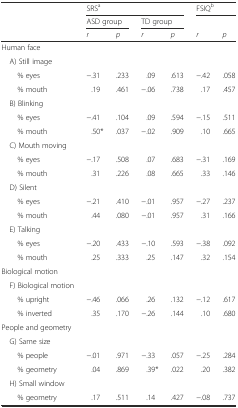
<table><thead><tr><td></td><td colspan="4"><b>SRS<sup>a</sup></b></td><td colspan="2"><b>FSIQ<sup>b</sup></b></td></tr><tr><td></td><td colspan="2"><b>ASD group</b></td><td colspan="2"><b>TD group</b></td><td></td><td></td></tr><tr><td></td><td><b><i>r</i></b></td><td><b><i>p</i></b></td><td><b><i>r</i></b></td><td><b><i>p</i></b></td><td><b><i>r</i></b></td><td><b><i>p</i></b></td></tr></thead><tbody><tr><td>Human face</td><td></td><td></td><td></td><td></td><td></td><td></td></tr><tr><td> A) Still image</td><td></td><td></td><td></td><td></td><td></td><td></td></tr><tr><td>% eyes</td><td>−.31</td><td>.233</td><td>.09</td><td>.613</td><td>−.42</td><td>.058</td></tr><tr><td>% mouth</td><td>.19</td><td>.461</td><td>−.06</td><td>.738</td><td>.17</td><td>.457</td></tr><tr><td> B) Blinking</td><td></td><td></td><td></td><td></td><td></td><td></td></tr><tr><td>% eyes</td><td>−.41</td><td>.104</td><td>.09</td><td>.594</td><td>−.15</td><td>.511</td></tr><tr><td>% mouth</td><td>.50*</td><td>.037</td><td>−.02</td><td>.909</td><td>.10</td><td>.665</td></tr><tr><td> C) Mouth moving</td><td></td><td></td><td></td><td></td><td></td><td></td></tr><tr><td>% eyes</td><td>−.17</td><td>.508</td><td>.07</td><td>.683</td><td>−.31</td><td>.169</td></tr><tr><td>% mouth</td><td>.31</td><td>.226</td><td>.08</td><td>.665</td><td>.33</td><td>.146</td></tr><tr><td> D) Silent</td><td></td><td></td><td></td><td></td><td></td><td></td></tr><tr><td>% eyes</td><td>−.21</td><td>.410</td><td>−.01</td><td>.957</td><td>−.27</td><td>.237</td></tr><tr><td>% mouth</td><td>.44</td><td>.080</td><td>−.01</td><td>.957</td><td>.31</td><td>.166</td></tr><tr><td> E) Talking</td><td></td><td></td><td></td><td></td><td></td><td></td></tr><tr><td>% eyes</td><td>−.20</td><td>.433</td><td>−.10</td><td>.593</td><td>−.38</td><td>.092</td></tr><tr><td>% mouth</td><td>.25</td><td>.333</td><td>.25</td><td>.147</td><td>.32</td><td>.154</td></tr><tr><td>Biological motion</td><td></td><td></td><td></td><td></td><td></td><td></td></tr><tr><td> F) Biological motion</td><td></td><td></td><td></td><td></td><td></td><td></td></tr><tr><td>% upright</td><td>−.46</td><td>.066</td><td>.26</td><td>.132</td><td>−.12</td><td>.617</td></tr><tr><td>% inverted</td><td>.35</td><td>.170</td><td>−.26</td><td>.144</td><td>.10</td><td>.680</td></tr><tr><td>People and geometry</td><td></td><td></td><td></td><td></td><td></td><td></td></tr><tr><td> G) Same size</td><td></td><td></td><td></td><td></td><td></td><td></td></tr><tr><td>% people</td><td>−.01</td><td>.971</td><td>−.33</td><td>.057</td><td>−.25</td><td>.284</td></tr><tr><td>% geometry</td><td>.04</td><td>.869</td><td>.39*</td><td>.022</td><td>.20</td><td>.382</td></tr><tr><td> H) Small window</td><td></td><td></td><td></td><td></td><td></td><td></td></tr><tr><td>% geometry</td><td>.17</td><td>.511</td><td>.14</td><td>.427</td><td>−.08</td><td>.737</td></tr></tbody></table>